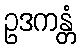
ဥဒကန္တံ